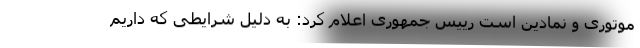
موتوری و نمادین است رییس جمهوری اعلام کرد: به دلیل شرایطی که داریم